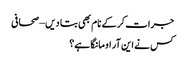
جرات کر کے نام بھی بتا دیں – صحافی
کس نے این آر او مانگا ہے؟